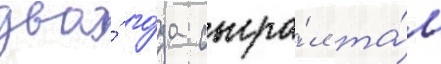
два́ го́да сыгра́л та́м